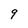
Character: 9